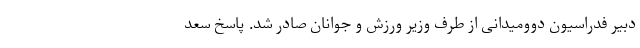
دبیر فدراسیون دوومیدانی از طرف وزیر ورزش و جوانان صادر شد. پاسخ سعد